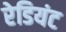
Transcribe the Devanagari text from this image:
रेडियंट